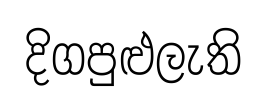
දිගපුළුලැති